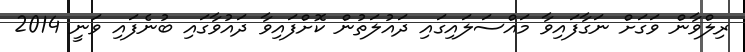
ރިލްވާން ވަގަށް ނަގާފައިވާ މައްސަލައިގައި ދައުލަތުން ކޮށްފައިވާ ދައުވާގައި ބުނެފައި ވަނީ 2014